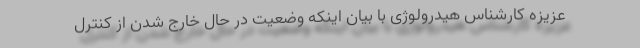
عزیزه کارشناس هیدرولوژی با بیان اینکه وضعیت در حال خارج شدن از کنترل